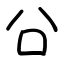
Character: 㕣